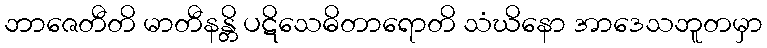
ဘာဇေတီတိ မာတီနန္တိ ပဋိသေဓိတာရောတိ သံဃိနော အာဒေသဘူတမှာ